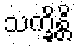
သက္ခိန္တိ